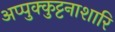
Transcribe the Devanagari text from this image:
अप्पुक्कुट्टनाशारि